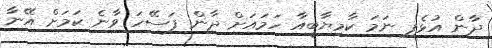
ދާން އުޅެފި ނަމަ ކާމިޔާބީއާ ހަމައަށް ދާން ފަސޭހަ ވާނެ ކަމަށް އޭނާ